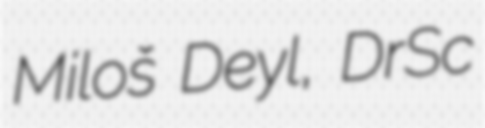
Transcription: Miloš Deyl, DrSc